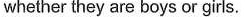
whether they are boys or girls.